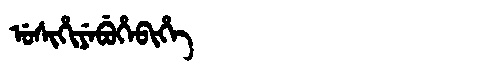
Manchu: ᡠᠰᡳᡥᡳᠶᡝᠪᡠᡥᡝᠪᡳᡥᡝ
Romanization: USIHIYEBUHEBIHE